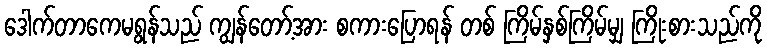
ဒေါက်တာကေမရွန်သည် ကျွန်တော့်အား စကားပြောရန် တစ် ကြိမ်နှစ်ကြိမ်မျှ ကြိုးစားသည်ကို